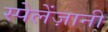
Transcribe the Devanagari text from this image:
स्पेलेंज़ानी